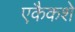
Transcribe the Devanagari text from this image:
एकैकशे